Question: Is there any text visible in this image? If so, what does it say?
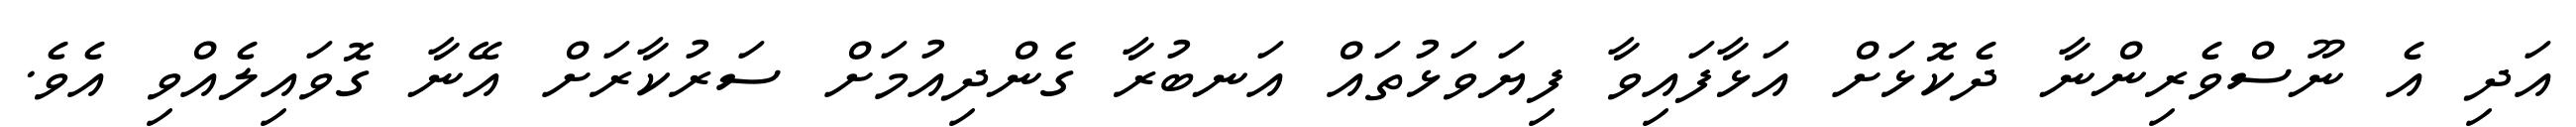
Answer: އަދި އެ ނޫސްވެރިންނާ ދެކޮޅަށް އަޅާފައިވާ ފިޔަވަޅުތައް އަނބުރާ ގެންދިއުމަށް ސަރުކާރަށް އޭނާ ގޮވައިލެއްވި އެވެ.